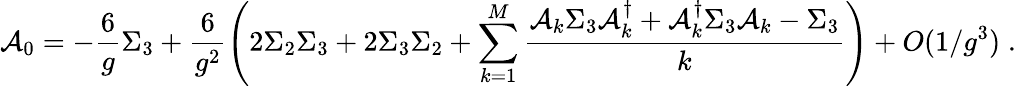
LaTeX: \mathcal{A}_{0}=-\frac{{6}}{{g}}\Sigma_{3}+\frac{{6}}{{g^{2}}}\left(2\Sigma_{2}\Sigma_{3}+2\Sigma_{3}\Sigma_{2}+\sum_{k=1}^{M}\frac{{\mathcal{A}_{k}\Sigma_{3}\mathcal{A}_{k}^{\dagger}+\mathcal{A}_{k}^{\dagger}\Sigma_{3}\mathcal{A}_{k}-\Sigma_{3}}}{{k}}\right)+O(1/g^{3})\; .